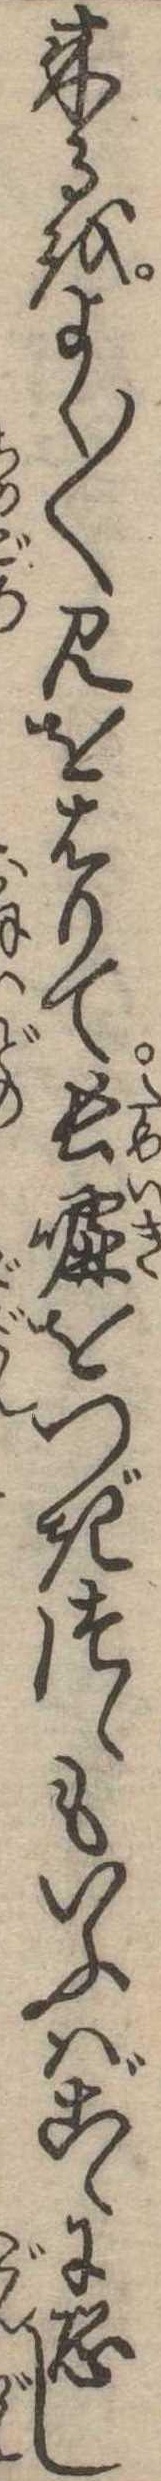
来るをよく〱見をはりて長嘘をつぎつゝもいふはこゝに恐し